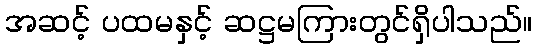
အဆင့် ပထမနှင့် ဆဋ္ဌမကြားတွင်ရှိပါသည်။